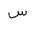
Letter: _sin